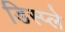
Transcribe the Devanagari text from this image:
डिस्‍प्‍ले